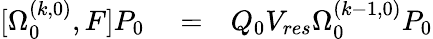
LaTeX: \begin{array}{rlr}{[\Omega_{0}^{(k,0)},F]P_{0}}&{{}=}&{Q_{0}V_{res}\Omega_{0}^{(k-1,0)}P_{0}}\end{array}